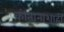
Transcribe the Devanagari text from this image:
कोतानाशाही